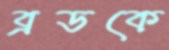
ব্রডকে